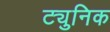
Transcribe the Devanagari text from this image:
ट्युनिक